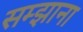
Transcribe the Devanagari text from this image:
सम्झाना